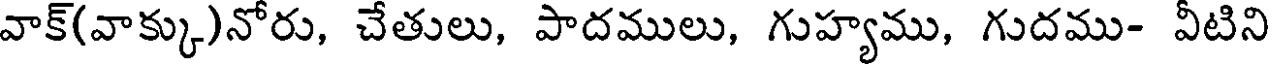
వాక్(వాక్కు)నోరు, చేతులు, పాదములు, గుహ్యము, గుదము- వీటిని